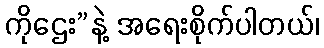
ကိုဌေး”နဲ့ အရေးစိုက်ပါတယ်၊